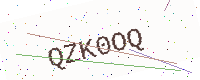
Text: QZK0OQ